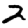
Digit: 2